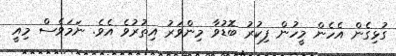
ގުޅިގެން އެހެން މީހުން ފިކުރު ބޮޑުވާ މިންވަރު އިތުރުވެ އެވެ. ނަމަވެސް މިއީ